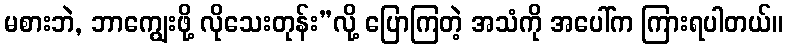
မစားဘဲ, ဘာကျွေးဖို့ လိုသေးတုန်း”လို့ ပြောကြတဲ့ အသံကို အပေါ်က ကြားရပါတယ်။